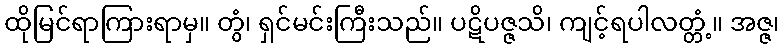
ထိုမြင်ရာကြားရာမှ။ တွံ၊ ရှင်မင်းကြီးသည်။ ပဋိပဇ္ဇသိ၊ ကျင့်ရပါလတ္တံ့။ အဇ္ဇ၊